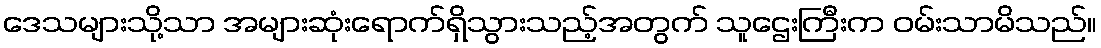
ဒေသများသို့သာ အများဆုံးရောက်ရှိသွားသည့်အတွက် သူဌေးကြီးက ဝမ်းသာမိသည်။